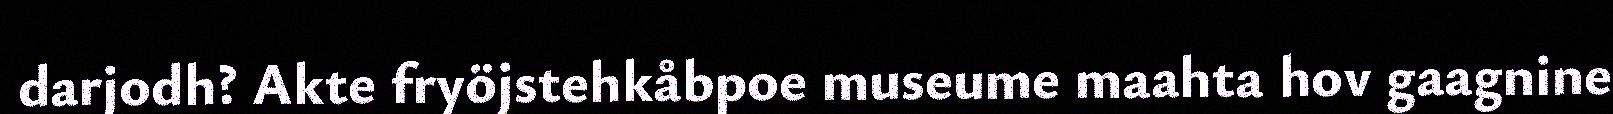
darjodh? Akte fryöjstehkåbpoe museume maahta hov gaagnine